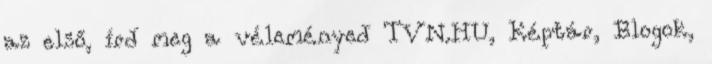
az első, írd meg a véleményed TVN.HU, Képtár, Blogok,